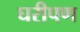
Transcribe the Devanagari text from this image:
घरीपण